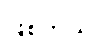
ဖြစ်တယ်။